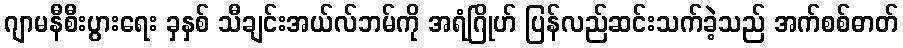
ဂျာမနီစီးပွားရေး ခှနှစ် သီချင်းအယ်လ်ဘမ်ကို အရံဂြိုဟ် ပြန်လည်ဆင်းသက်ခဲ့သည် အက်စစ်ဓာတ်